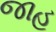
જાહ